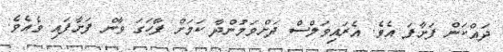
ދައްކަން ފަށާފަ އެވެ. އެރައިވަލްސް ދަށްވަމުންދާ ކަމަށް ފާހަގަ ވާން ފަށާފައި ވެއެވެ.